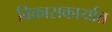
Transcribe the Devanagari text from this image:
विकासकार्यात